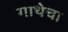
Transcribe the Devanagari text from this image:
गाथेचा